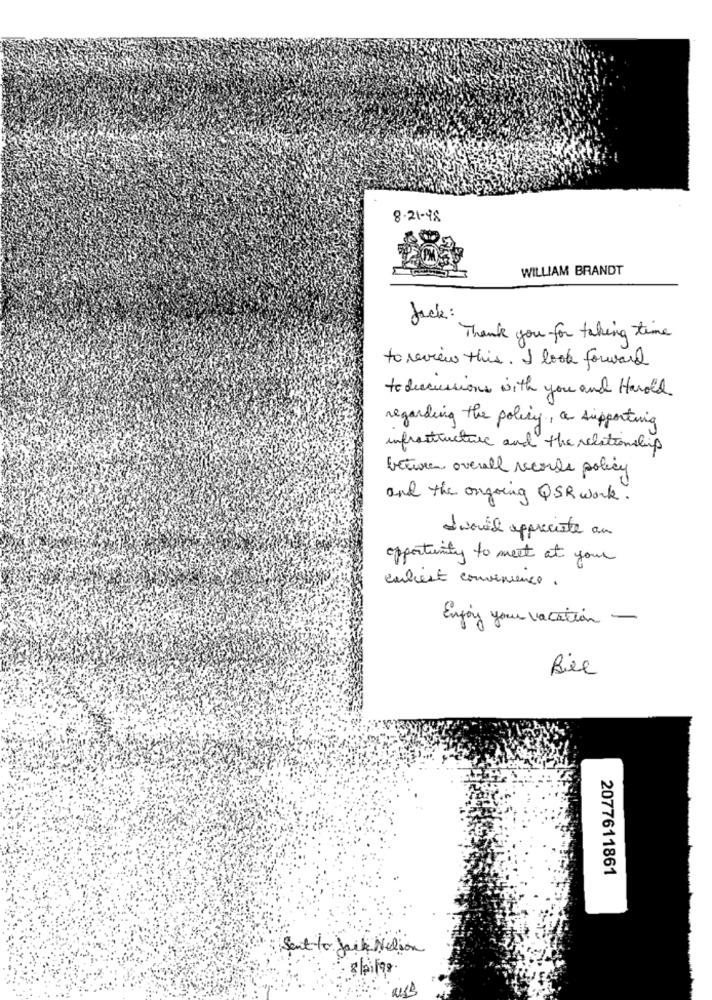
8-21-98
WILLIAM BRANDT
Jack:
Thank you for taking time
to review this. I look forward
todiscussions with you and Harold
regarding the policy, a supporting
infrastructure and the relationship
between overall records policy
and the ongoing QSR work.
I would appreciate au
opportunity to meet at your
earliest convenience .
Enjoy your vacation -
2077611861
Sent to Jack Nation
glaires